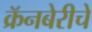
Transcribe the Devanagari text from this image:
क्रॅनबेरीचे